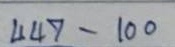
447 - 100